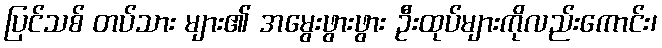
ပြင်သစ် တပ်သား များ၏ အမွေးဖွားဖွား ဦးထုပ်များကိုလည်းကောင်း၊